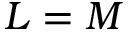
L = M